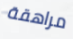
مراهقة